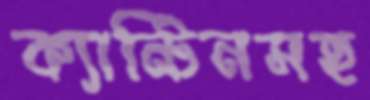
ক্যান্টিনসহ